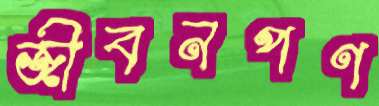
জীবনপণ